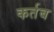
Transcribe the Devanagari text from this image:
कर्तब